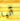
آنيا